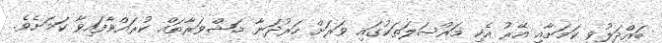
ބައްދަލުވި ކަމަށާއި އޭރު އެކި މައްސަލަތަކުގައި ވަރަށް ހަރުދަނާ މަޝްވަރާތައް ކުރައްވާފައިވާ ކަމަށެވެ.